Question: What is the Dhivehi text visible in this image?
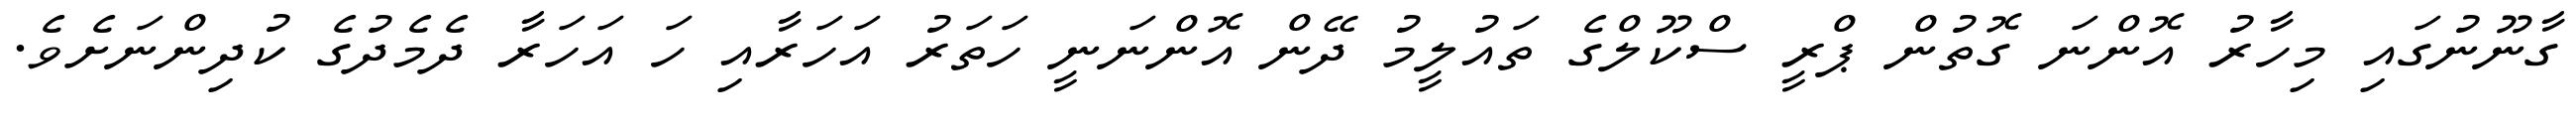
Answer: ގާނޫނުގައި މިހާރު އޮންނަ ގޮތުން ޕްރީ ސްކޫލްގެ ތައުލީމު ދޭން އޮންނަނީ ހަތަރު އަހަރާއި ހަ އަހަރާ ދެމެދުގެ ކުދިންނަށެވެ.